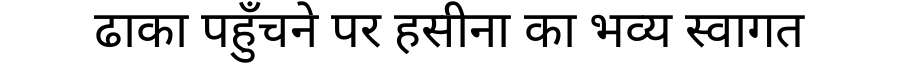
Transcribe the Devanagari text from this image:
ढाका पहुँचने पर हसीना का भव्य स्वागत